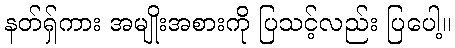
နတ်ရှ်ကား အမျိုးအစားကို ပြသင့်လည်း ပြပေါ့။